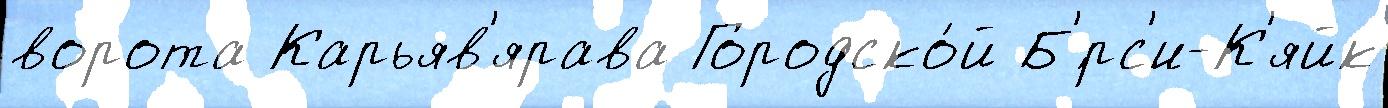
ворота Карьяв'ярава Городско́й Б'́рс'и-К'яйк